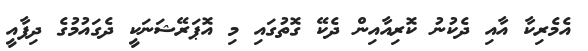
އެމެރިކާ އާއި ދެކުނު ކޮރިއާއިން ދެކޭ ގޮތުގައި މި އޮޕަރޭޝަނަކީ ދެގައުމުގެ ދިފާއީ